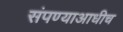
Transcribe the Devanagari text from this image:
संपण्याआधीच